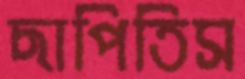
ছাপিতিস